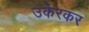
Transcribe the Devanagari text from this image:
उकेरकर